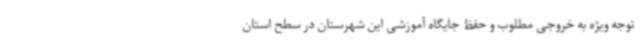
توجه ویژه به خروجی مطلوب و حفظ جایگاه آموزشی این شهرستان در سطح استان